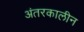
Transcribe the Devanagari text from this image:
अंतरकालीन